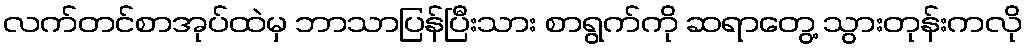
လက်တင်စာအုပ်ထဲမှ ဘာသာပြန်ပြီးသား စာရွက်ကို ဆရာတွေ့ သွားတုန်းကလို